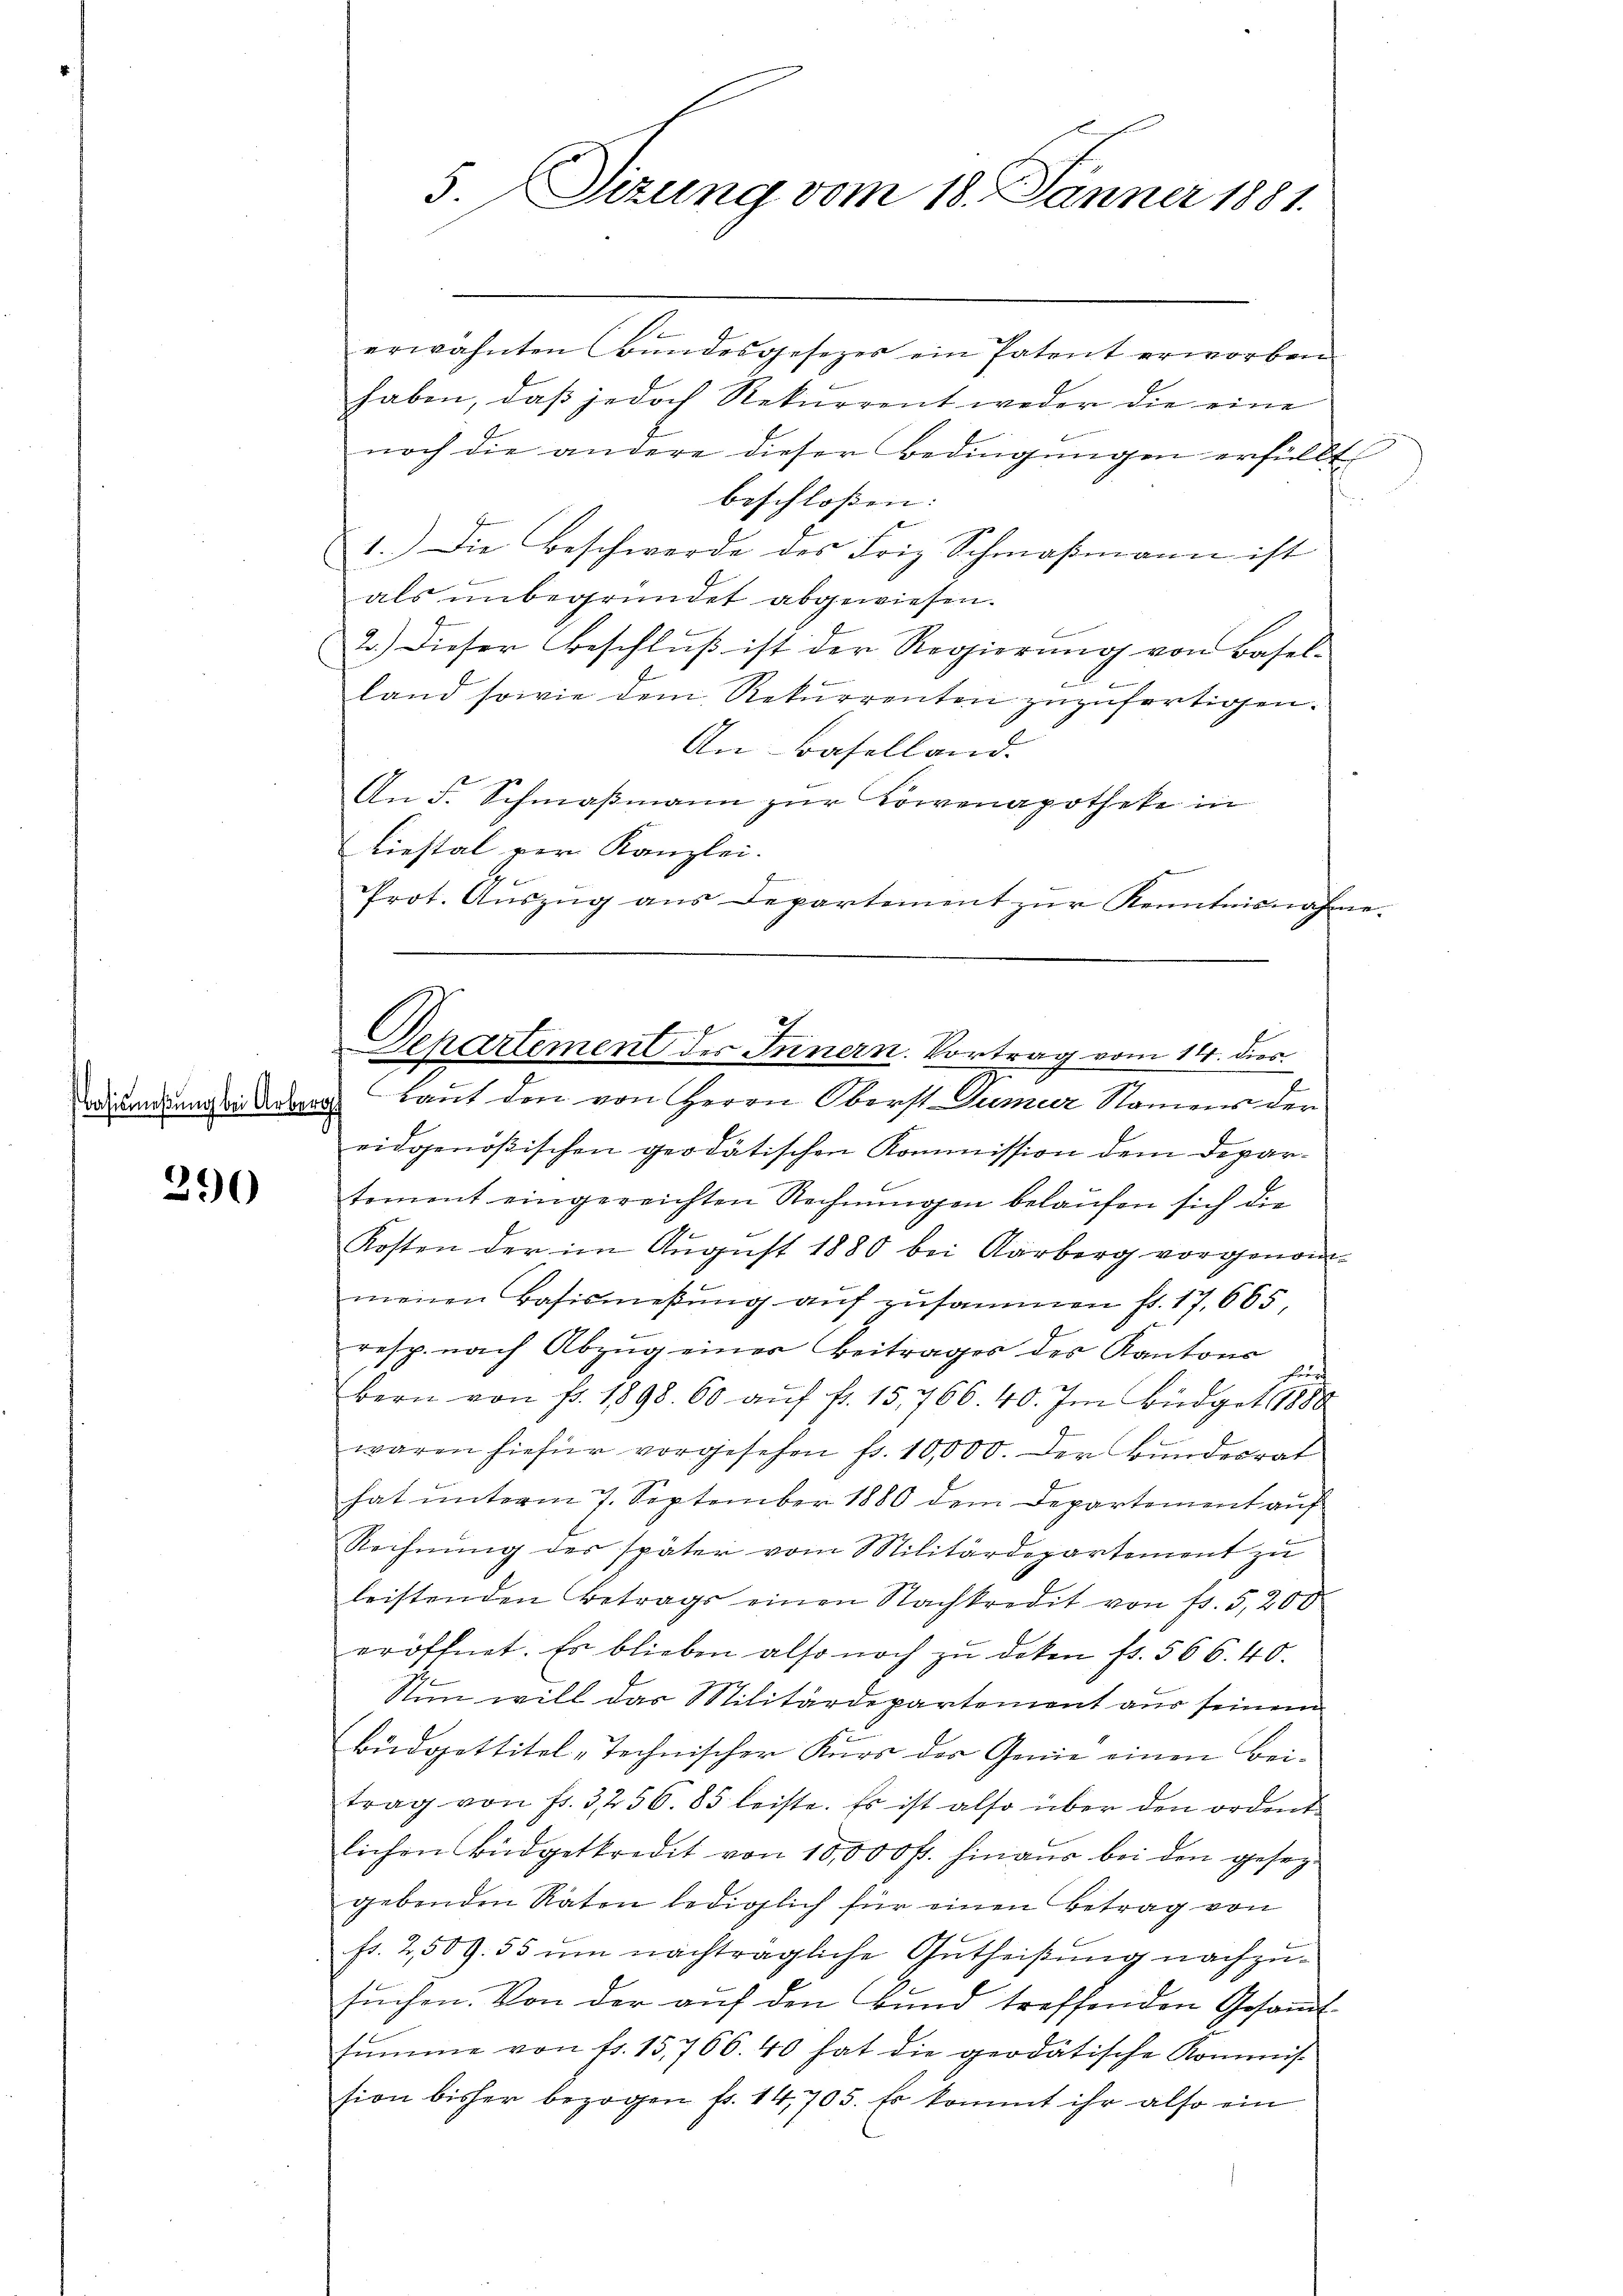
Basismeßung bei Arbera

290

5. Sitzung vom 18. Jänner 1881.

erwähnten Bŭndesgesezes ein Patent erworben.
haben, daß jedoch Rekurrent weder die eine
noch die andere dieser Bedingungen erfüllt
beschloßen:
1.) Die Beschwerde des Friz Schmaßmann ist
als unbegründet abgewiesen.
2.) Dieser Beschlŭβ ist der Regierŭng von Basel-
.
land sowie dem Rekurrenten zuzufertigen.
An Baselland.
An F. Schmaßmann zur Vorvenapotheke in
Liestal per Kanzlei.
s
Prot. Aŭszŭg ans Departement zŭr Kenntnisnahme.

Departement des Innern. Vortrag vom 14. ds.

Laut den von Herrn Oberst Dumier Namens der
eidgenößischen geodatischen Kommission dem Departement eingereichten Rechnungen belaufen sich die
Kosten der im Aŭgŭst 1880 bei Aarberg vorgenom-
menen Basismeβŭng aŭf zusammen fr. 17. 665,
resp. nach Abzŭg einer Beitrages des Kantons
ich
bern von fr. 1898. 60 aŭf fr. 15,766. 40. Im Büdget 1880
waren hiefür vorgesehen fr. 10,000. Der Bundesrat
hat unterm 7. September 1880 dem Departement auf
Rechnung der später vom Militärdepartement zu
leistenden Betrags einen Nachkredit von fr. 5,200
eröffnet. Es blieben also noch zŭ deken fr. 566. 40.
Stin will das Militärdepartement aus seinem
Büdgettitel „Technischer Kurs der Genie einen Bei-
trag von Fr. 3256. 85 leiste. Es ist also über den ordent
lichen Büdgetkredit von 10,000 fr. hinaus bei den gesezgebenden Räten lediglich für einen Betrag von
fr. 2, 509. 55 um nachträgliche Gutheißung nachzusŭchen. Von der auf den Bund treffenden Gesandtsŭmme von fr. 15,766. 40 hat die geodätische Kommis
sion bisher bezogen fr. 14,705. Es kommt ihr also ein